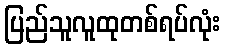
ပြည်သူလူထုတစ်ရပ်လုံး